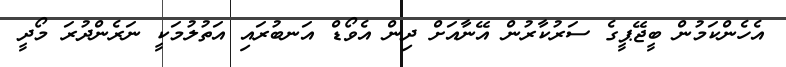
އެހެންކަމުން ބީޖޭޕީގެ ސަރުކާރުން އޭނާއަށް ދިން އެވޯޑް އަނބުރައި އަތުލުމަކީ ނަރެންދުރަ މޯދީ